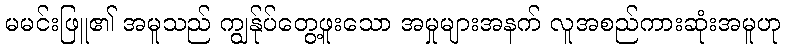
မမင်းဖြူ၏ အမူသည် ကျွန်ုပ်တွေ့ဖူးသော အမှုများအနက် လူအစည်ကားဆုံးအမူဟု